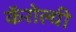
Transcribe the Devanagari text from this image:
कॅरोल्यी